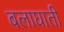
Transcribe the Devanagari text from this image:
बलाघाती